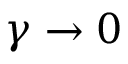
\gamma \rightarrow 0